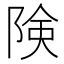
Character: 険